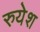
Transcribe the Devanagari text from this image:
रुयेश